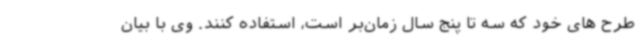
طرح های خود که سه تا پنج سال زمان‌بر است، استفاده کنند. وی با بیان